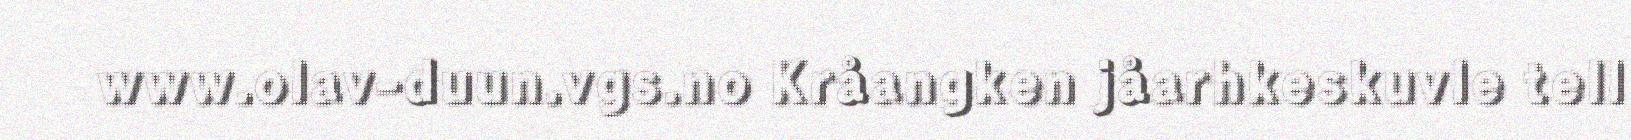
www.olav-duun.vgs.no Kråangken jåarhkeskuvle tell